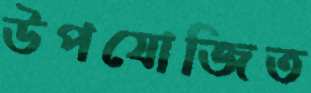
উপযোজিত